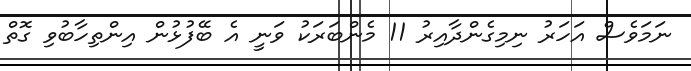
ނަމަވެސް އަހަރު ނިމިގެންދާއިރު 11 މެންބަރަކު ވަނީ އެ ބޭފުޅުން އިންތިހާބުވި ގޮތް